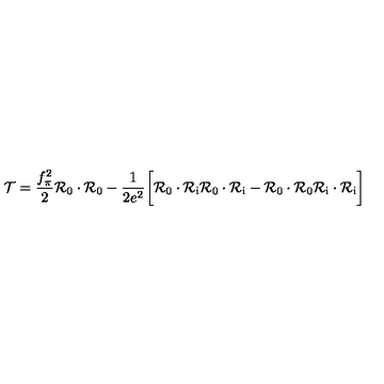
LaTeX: { \cal T } = { \frac { f _ { \pi } ^ { 2 } } { 2 } } { \cal R } _ { 0 } \cdot { \cal R } _ { 0 } - { \frac { 1 } { 2 e ^ { 2 } } } \biggl [ { \cal R } _ { 0 } \cdot { \cal R } _ { \mathrm { i } } { \cal R } _ { 0 } \cdot { \cal R } _ { \mathrm { i } } - { \cal R } _ { 0 } \cdot { \cal R } _ { 0 } { \cal R } _ { \mathrm { i } } \cdot { \cal R } _ { \mathrm { i } } \biggr ]